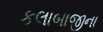
કલાબાજીના